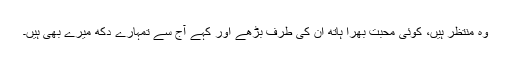
وہ منتظر ہیں، کوئی محبت بھرا ہاتھ ان کی طرف بڑھے اور کہے آج سے تمہارے دکھ میرے بھی ہیں۔